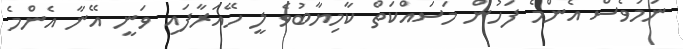
ނަމަވެސް އެންމެ ފަހުން މަސައްކަތް ކާމިޔާބުވެ ލީ ހޭއަރާފައި ވަނީ އޭނާ އެންމެ